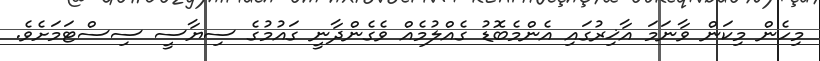
މިހެން މިކަން ވާނަމަ އާޚިރުގައި އެންމެބޮޑު ގެއްލުމެއް ވެގެންދާނީ ގައުމުގެ ސިޔާސީ ސިސްޓަމަށެވެ.